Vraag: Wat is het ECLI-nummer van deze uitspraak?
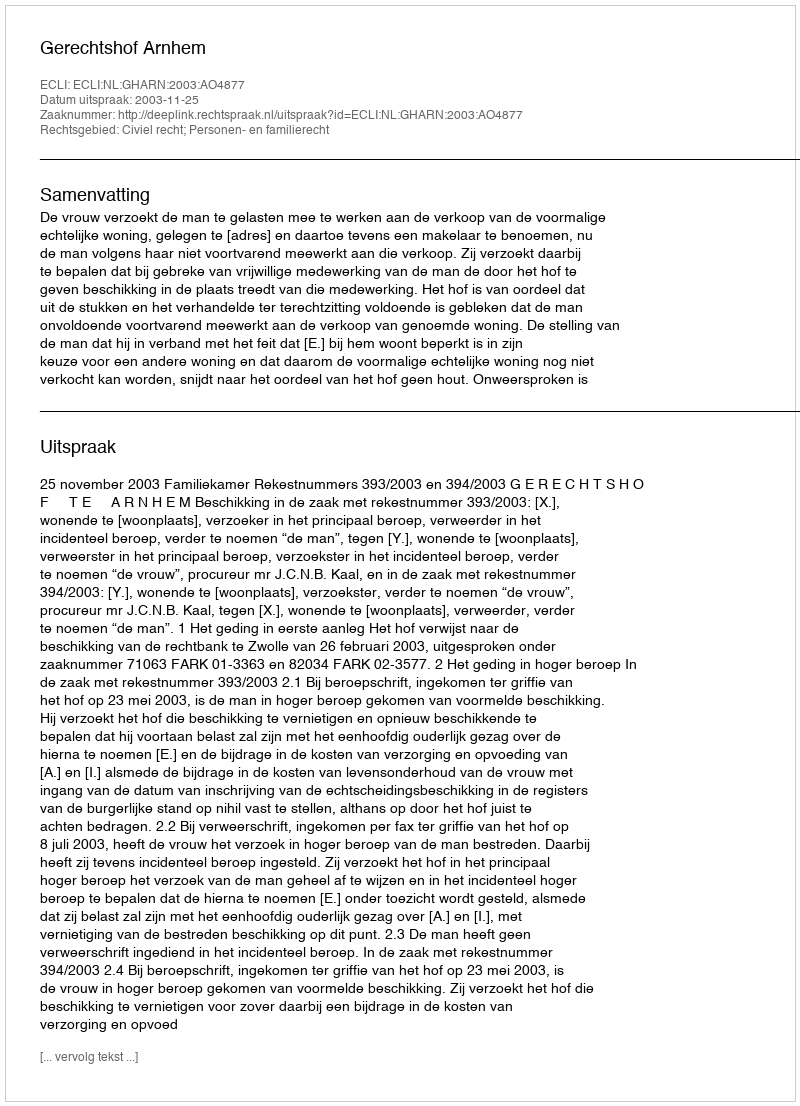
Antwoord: ECLI:NL:GHARN:2003:AO4877